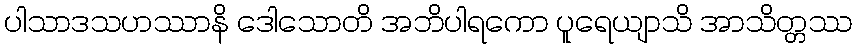
ပါသာဒသဟဿာနိ ဒေါသောတိ အဘိပါရကော ပူရေယျာသိ အာသိတ္တဿ